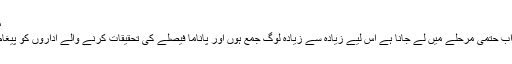
مکمل ویڈیو پیغام خبر کے آخر میں ملاحظہ فرمائیں
عمران خان کا کہنا تھا کہ ایک سال کی تحریک کو اب حتمی مرحلے میں لے جانا ہے اس لیے زیادہ سے زیادہ لوگ جمع ہوں اور پاناما فیصلے کی تحقیقات کرنے والے اداروں کو پیغام دینا ہے کہ ساری قوم آپ کی طرف دیکھ رہی ہے۔